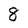
Character: 8